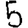
Digit: 5